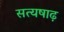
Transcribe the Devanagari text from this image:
सत्यषाढ़